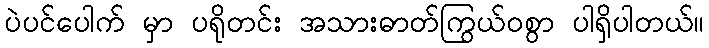
ပဲပင်ပေါက် မှာ ပရိုတင်း အသားဓာတ်ကြွယ်ဝစွာ ပါရှိပါတယ်။